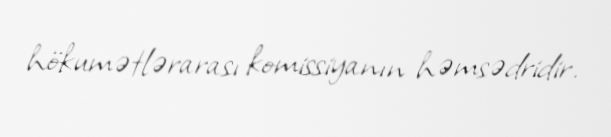
hökumətlərarası komissiyanın həmsədridir.